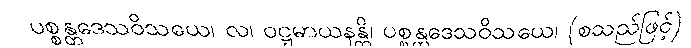
ပစ္စန္တဒေသဝိသယေ၊ လ၊ ဝဋ္ဋမာယနန္တိ၊ ပစ္စန္တဒေသဝိသယေ၊ (စသည်ဖြင့်)